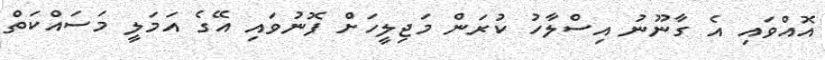
އޮއްވައި އެ ގާނޫނު އިސްލާހު ކުރަން މަޖިލީހަށް ފޮނުވައި އޭގެ އަމަލީ މަސައްކަތް